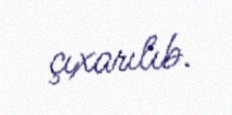
çıxarılıb.